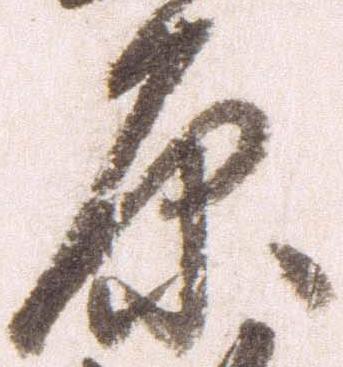
原